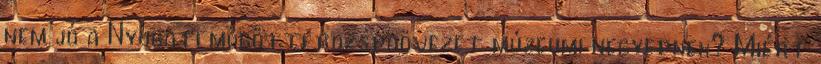
nem jó a Nyugati mögötti rozsdaövezet múzeumi negyednek? Miért